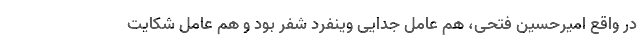
در واقع امیرحسین فتحی، هم عامل جدایی وینفرد شفر بود و هم عامل شکایت